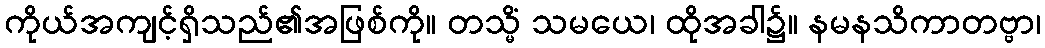
ကိုယ်အကျင့်ရှိသည်၏အဖြစ်ကို။ တသ္မိံ သမယေ၊ ထိုအခါ၌။ နမနသိကာတဗ္ဗာ၊